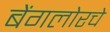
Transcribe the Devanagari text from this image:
बेंगलोरचे